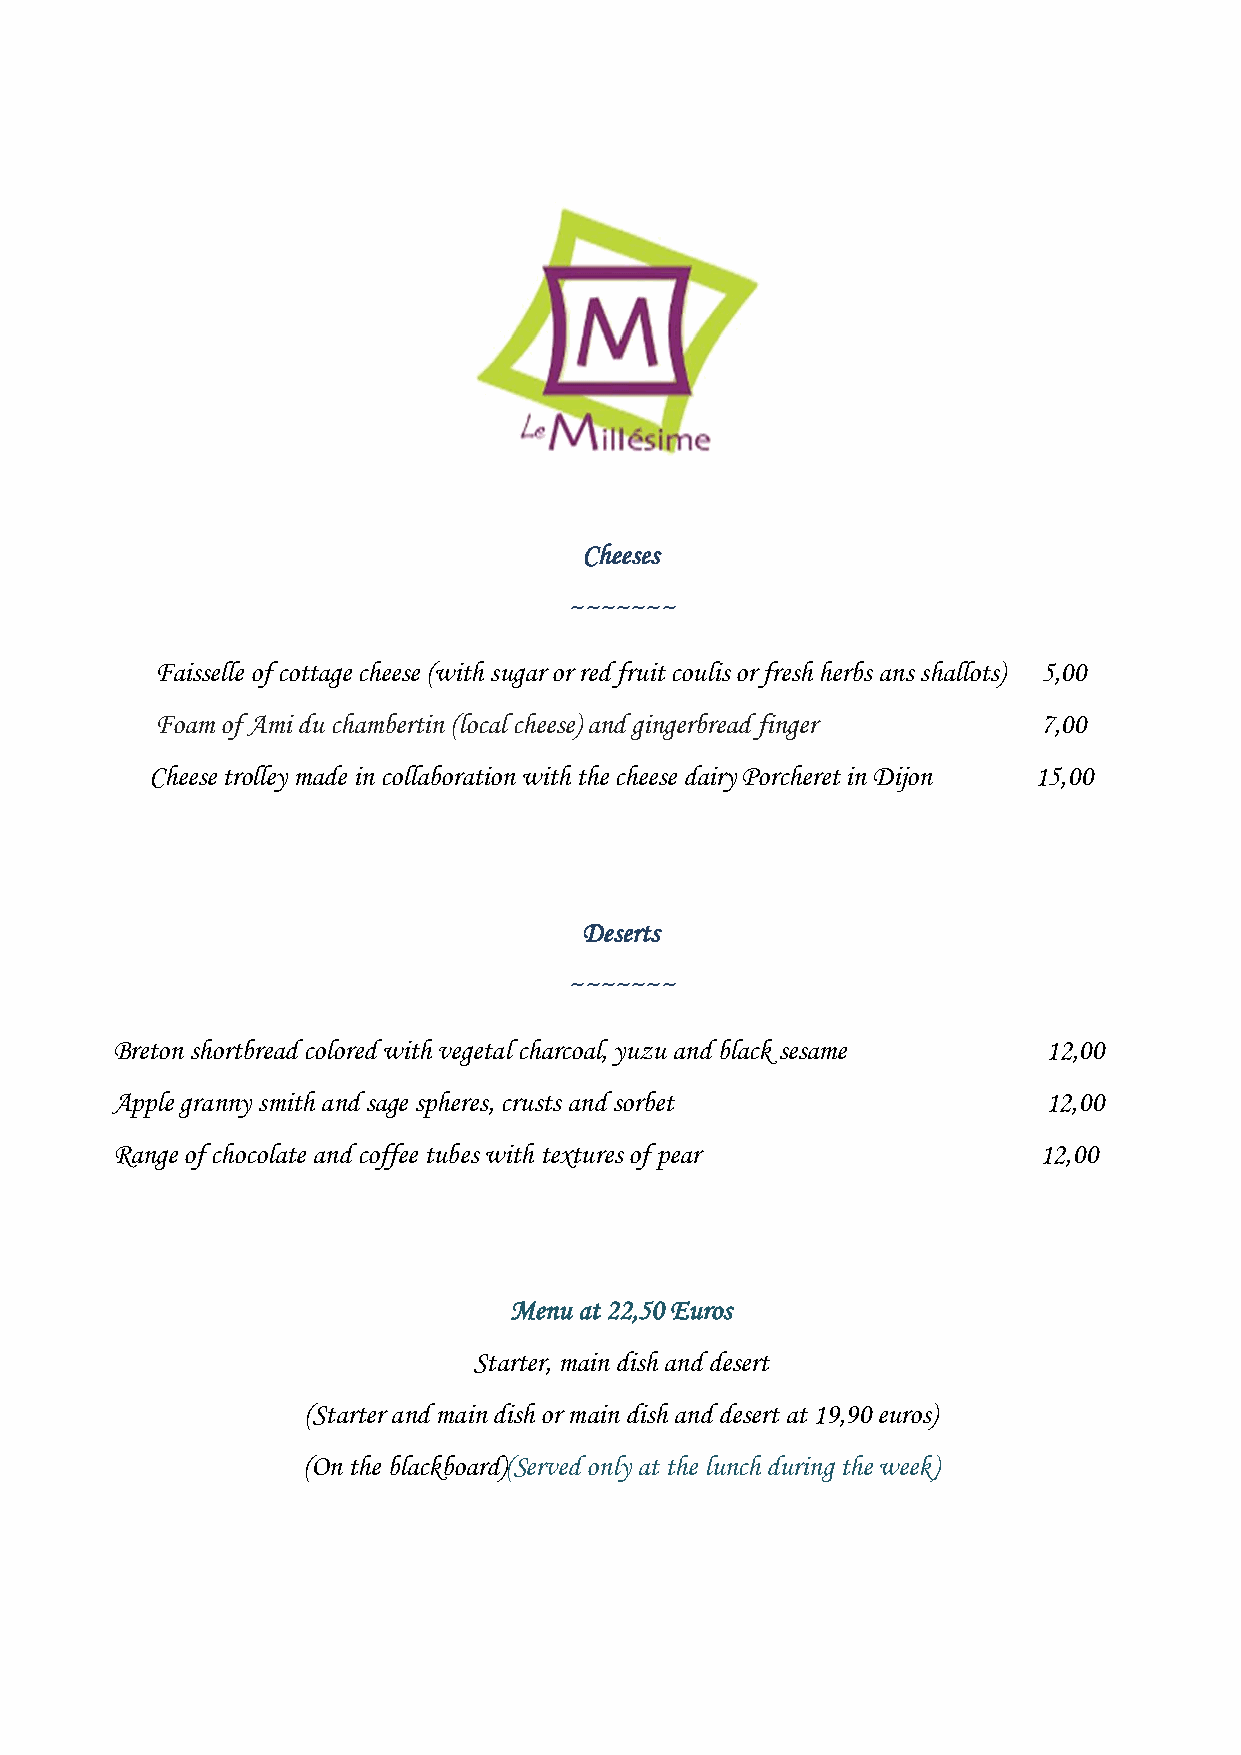
Cheeses
 ~~~~~~~
 Faisselle of cottage cheese (with sugar or red fruit coulis or fresh herbs ans shallots) 5,00
 Foam of Ami du chambertin (local cheese) and gingerbread finger 7,00
 Cheese trolley made in collaboration with the cheese dairy Porcheret in Dijon 15,00
 Deserts
 ~~~~~~~
 Breton shortbread colored with vegetal charcoal, yuzu and black sesame 12,00
 Apple granny smith and sage spheres, crusts and sorbet        12,00
 Range of chocolate and coffee tubes with textures of pear     12,00
 Menu at 22,50 Euros
 Starter, main dish and desert
 (Starter and main dish or main dish and desert at 19,90 euros)
 (On the blackboard)(Served only at the lunch during the week)